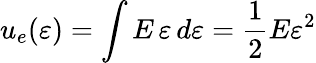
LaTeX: u_{e}(\varepsilon)=\int{E\, \varepsilon}\, d\varepsilon={\frac{1}{2}}E{\varepsilon}^{2}